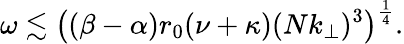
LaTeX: \omega\lesssim\big((\beta-\alpha)r_{0}(\nu+\kappa)(Nk_{\perp})^{3}\big)^{\frac{1}{4}}.